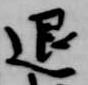
退